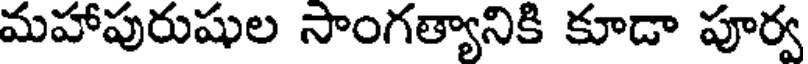
మహాపురుషుల సాంగత్యానికి కూడా పూర్వ